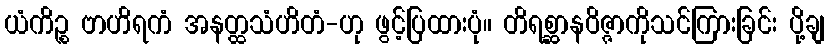
ယံကိဉ္စ ဗာဟိရကံ အနတ္ထသံဟိတံ-ဟု ဖွင့်ပြထားပုံ။ တိရစ္ဆာနဝိဇ္ဇာကိုသင်ကြားခြင်း ပို့ချ